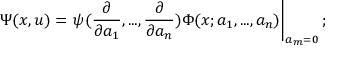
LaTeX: \Psi ( x , u ) = \left. \psi ( \frac { \partial } { \partial a _ { 1 } } , . . . , \frac { \partial } { \partial a _ { n } } ) \Phi ( x ; a _ { 1 } , . . . , a _ { n } ) \right| _ { a _ { m } = 0 } ;